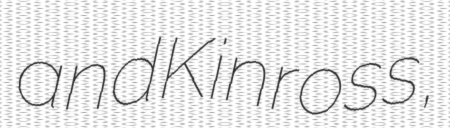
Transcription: and Kinross,